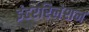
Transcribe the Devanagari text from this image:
इंटररिलेशन